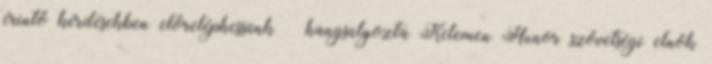
érintő kérdésekben előreléphessünk – hangsúlyozta Kelemen Hunor szövetségi elnök